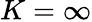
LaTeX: K=\infty